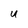
Character: u